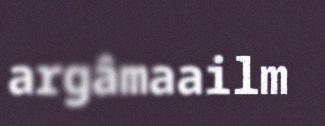
argâmaailm